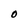
Character: O